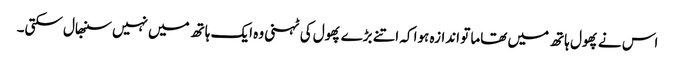
اس نے پھول ہاتھ میں تھاما تو اندازہ ہوا کہ اتنے بڑے پھول کی ٹہنی وہ ایک ہاتھ میں نہیں سنبھال سکتی۔